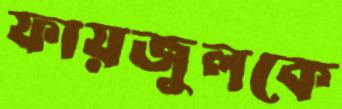
ফায়জুলকে